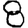
Digit: 8